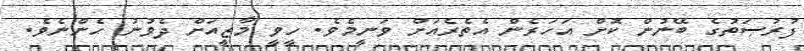
ފުރުޞަތުގެ ބޭނުން ކޮށް އަހަރެން އެތެރެއަށް ވަނީމެވެ. ހީވީ މާޒީއަށް ދެވުނު ހެންނެވެ.